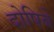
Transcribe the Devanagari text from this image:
दोषिबे